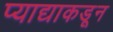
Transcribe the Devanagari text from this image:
प्याद्याकडून